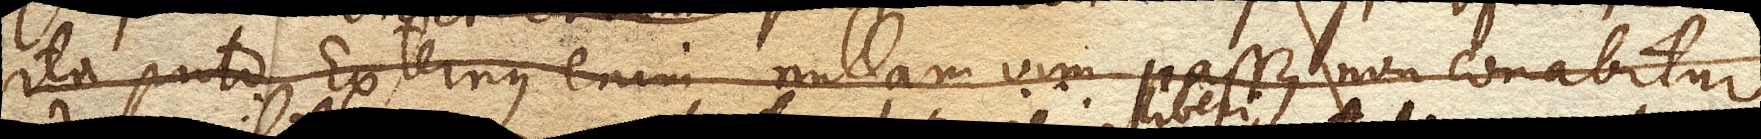
ita puto. Externus enim nullam vim passus non conabitur